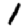
Digit: 1